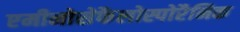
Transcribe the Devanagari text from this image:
एमीनोसेफैलोस्पोरैनिक